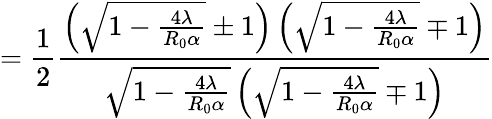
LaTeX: =\frac{1}{2}\frac{\left(\sqrt{1-\frac{4\lambda}{R_{0}\alpha}}\pm 1\right)\left(\sqrt{1-\frac{4\lambda}{R_{0}\alpha}}\mp 1\right)}{\sqrt{1-\frac{4\lambda}{R_{0}\alpha}}\left(\sqrt{1-\frac{4\lambda}{R_{0}\alpha}}\mp 1\right)}